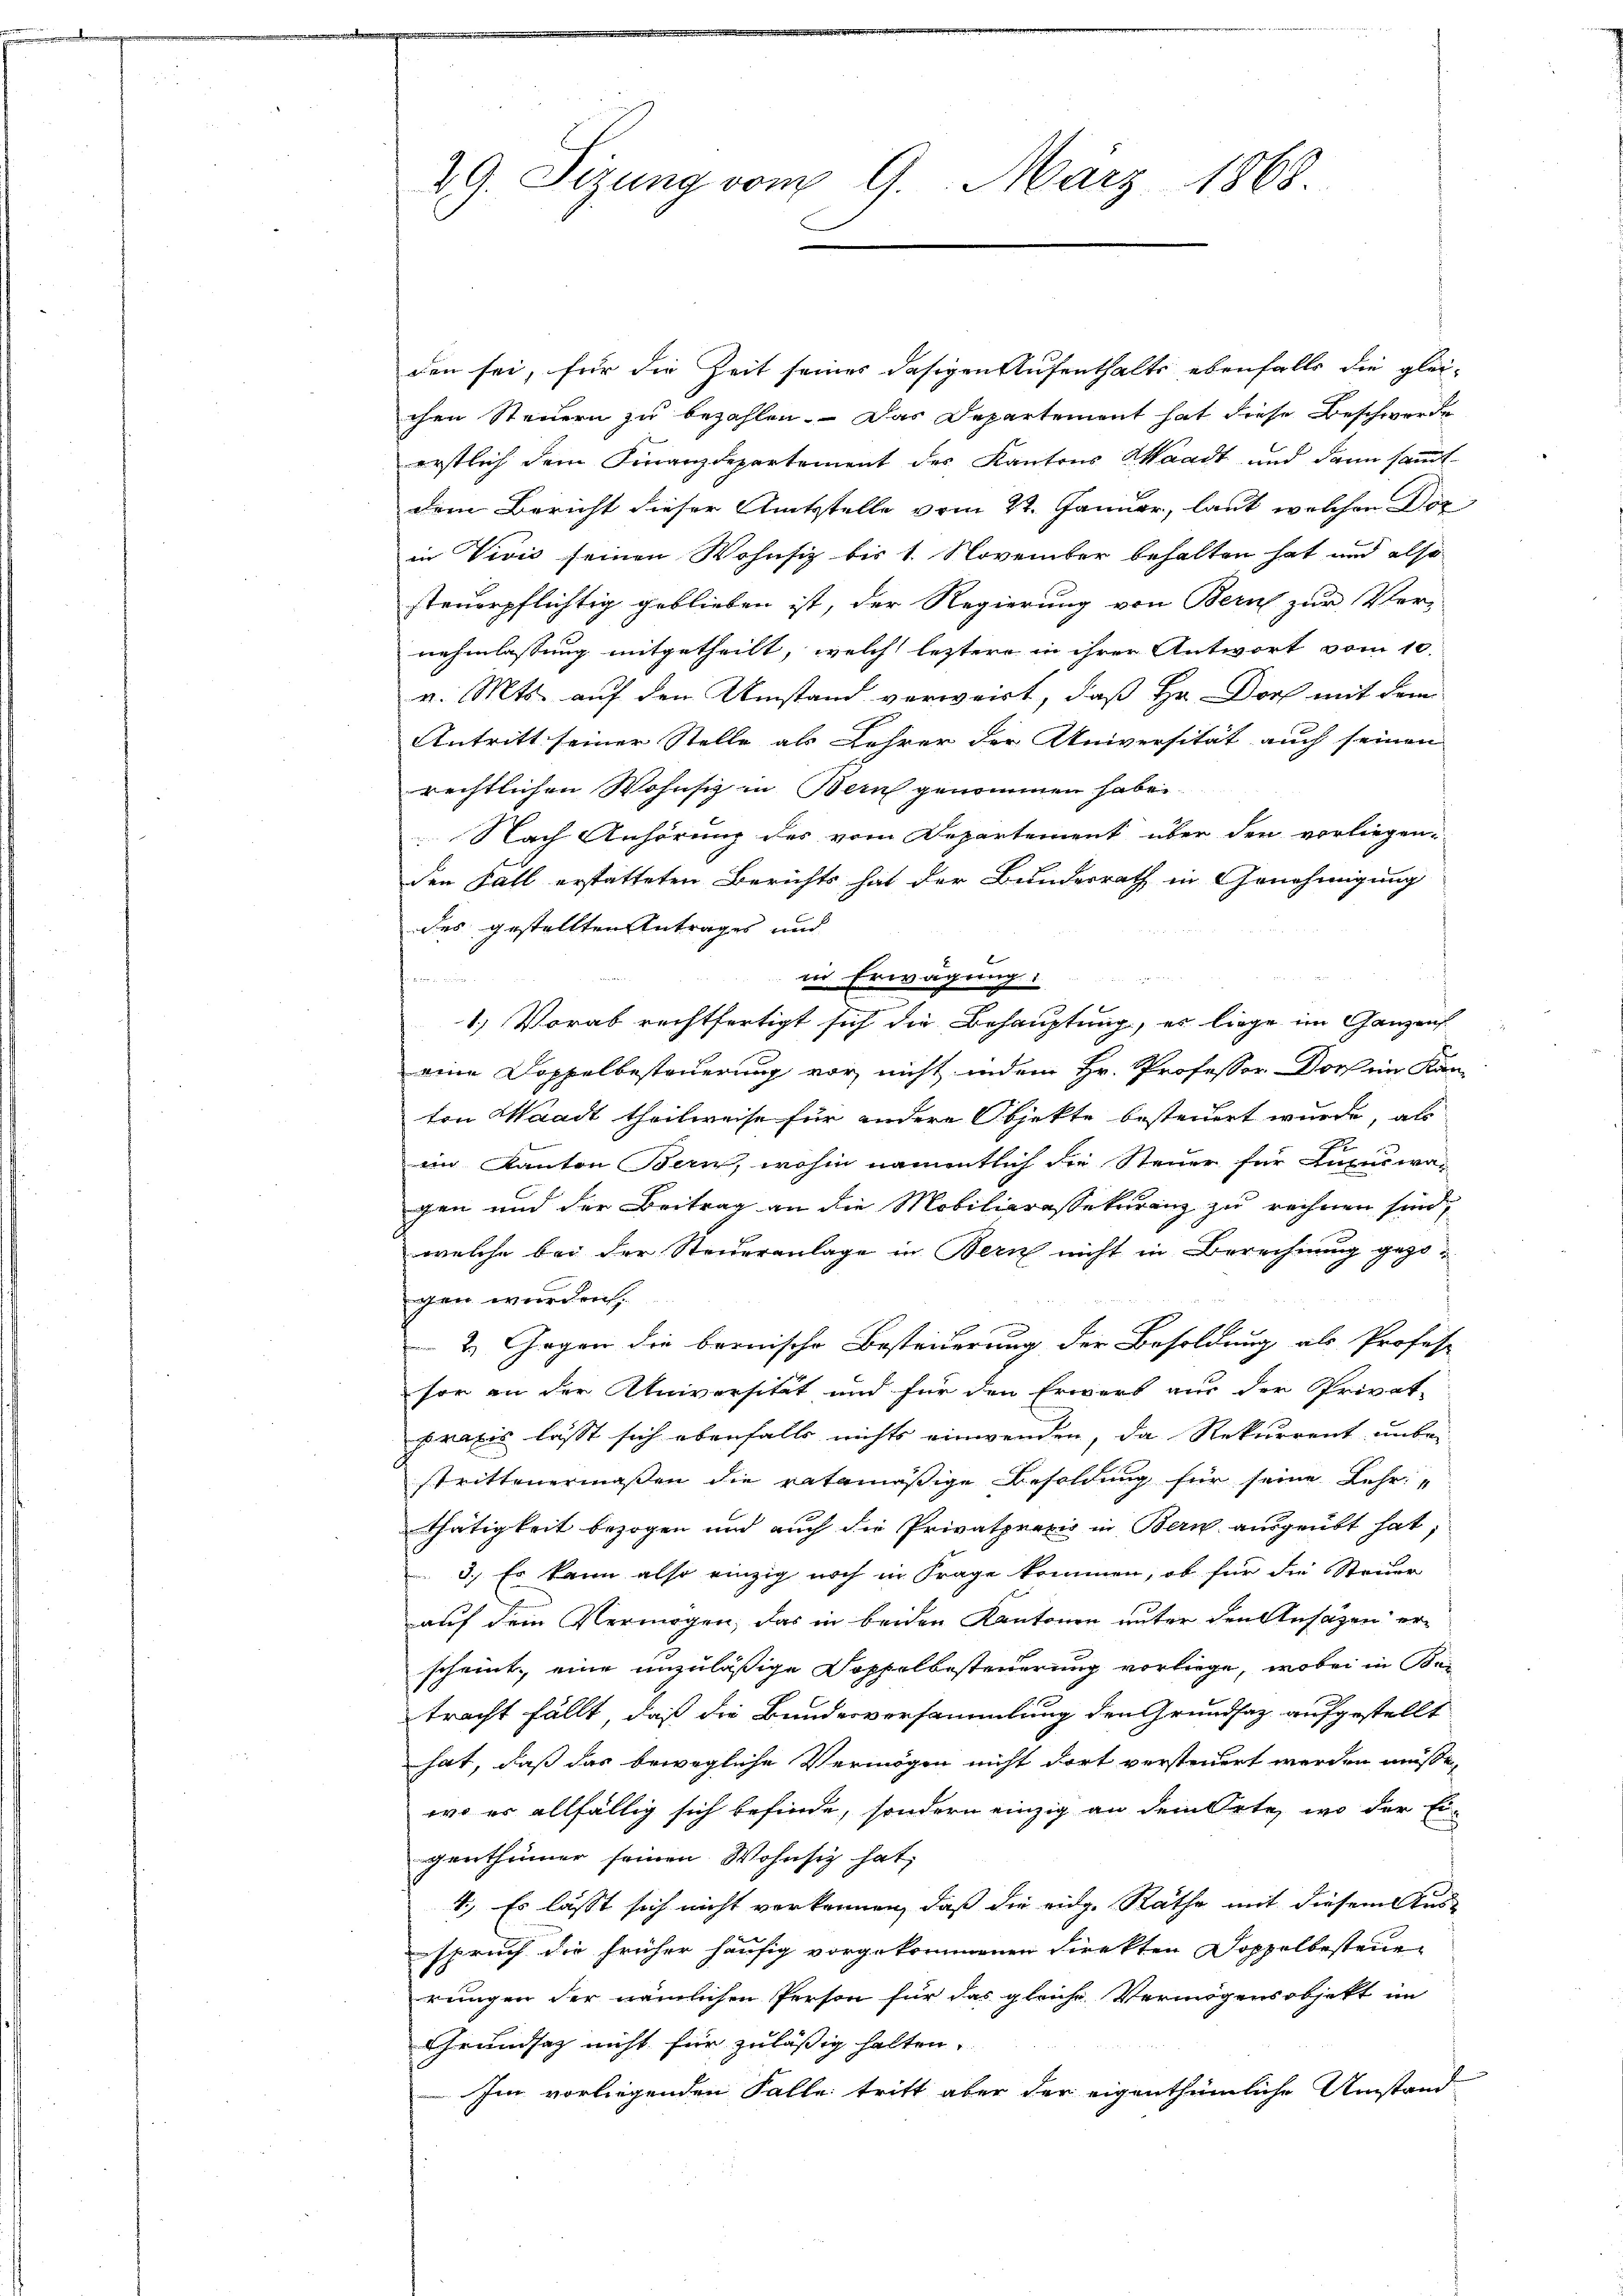
29. Sitzung vom 9. März 1868.

den sei, für die Zeit seines dasigen Aufenthalts ebenfalls die gleichen Steuern zu bezahlen. Das Departement hat diese Beschwerde
erstlich dem Finanzdepartement des Kantons Waadt und dann sammtdem Bericht dieser Amtsstelle vom 22. Januar, laut welchen Dor
in Vivić seinen Wohnsiz bis 1. November behalten hat und also
steuerpflichtig geblieben ist, der Regierung von Bern zur Ver-
nehmlassung mitgetheilt, welch leztere in ihrer Antwort vom 10.
v. Mts. auf den Umstand verweirt, daß Hr. Dorf mit dem
Antritt seiner Stelle als Lehrer der Universität auch seinen
rechtlichen Wohnsitz in Bern genommen haben.
Nach Anhörung des vom Departement über den vorliegen-
den Fall erstatteten Berichts hat der Bundesrath in Genehmigung
des gestellten Antrages und

in Erwägung:
1.) Vorab rechtfertigt sich die Behauptung, es liege im Ganzens
eine Doppelbesteuerung vor, nicht indem Hr. Professor Dorf ein Kan-
ton Waadt theilweise für andere Objekte besteuert wurde, als
in Kanton Bern, wohin namentlich die Steuer für Luxuswan
gen und der Beitrag an die Mobiliarassekuranz zu rechnen sind,
welche bei der Steueranlage in Bern nicht in Berechnung gezogen wurden.
2. Gegen die bernische Bestriderung der Besoldung als Profess
sor an der Universität und für den Erwart aus der Privat-
praxis lässt sich ebenfalls nichts einwenden, da Rekurrent unbe-
strittenermaßen die ratamäßige Besoldung für seine Lehr
Thätigkeit bezogen und auch die Privatpraxis in Bern ausgeübt hat;
3.) Es kann also einzig noch in Frage kommen, ob für die Steuer
auf dem Vermögen, das in beiden Kantonen unter den Ansäzen erscheint, eine unzuläßige Dopfelbesteuerung vorliege, wobei in Betracht fällt, daß die Bundesversammlung den Grundsaz aufgestellt
hat, daß das bewegliche Vermögen nicht dort versteuert werden müsse,
wo er allfällig sich befinde, sondern einzig an dem Orte, wo der Ei-
genthümer seinen Wohnsitz hat,
1., Es lässt sich nicht verkennen, daß die eidg. Räthe mit diesem Aus-
spruch die früher häufig vorgekommenen Direkten Doppelbesteuerungen der nämlichen Person für das gleiche Vermögensobjekt im
Grundsaz nicht für zulässig halten.
Im vorliegenden Falle tritt aber der eigenthümliche Umstand